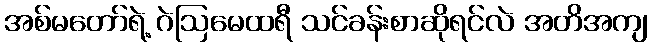
အစ်မတော်ရဲ့ ဂဲဩမေထရီ သင်ခန်းစာဆိုရင်လဲ အတိအကျ